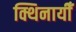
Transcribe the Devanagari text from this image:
क्थिनायीँ